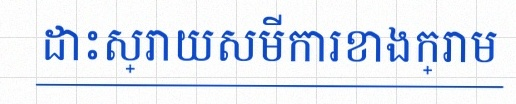
ដោះស្រាយសមីការខាងក្រោម